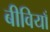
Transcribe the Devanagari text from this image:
बीवियाँ